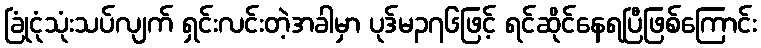
ခြုံငုံသုံးသပ်လျက် ရှင်းလင်းတဲ့အခါမှာ ပုဒ်မ၃၇၆ဖြင့် ရင်ဆိုင်နေရပြီဖြစ်ကြောင်း